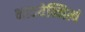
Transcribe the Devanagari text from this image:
भावयेन्नित्यं